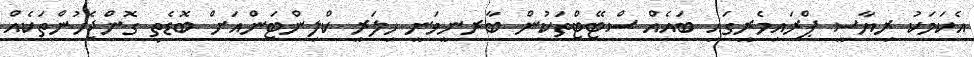
އެކަމަކު ރިޔާސީ ޕްރައިމެރީގައި ބައެއް ސްޓޭޓްތަކުން ބާރނީވަނީ ހިލަރީ ކްލިންޓަންއަށް ބޮޑެތި ގޮންޖެހުންތަކެއް